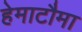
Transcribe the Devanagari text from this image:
हेमाटौमा